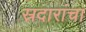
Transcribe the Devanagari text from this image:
स्रदारांचा